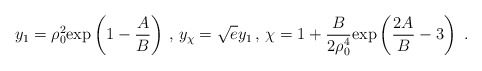
\begin{align*}y_1 = \rho_0^2 \mathrm{exp}\left( 1-{A\over B}\right) \, ,\, y_{\chi}=\sqrt{e}y_1 \, , \,\chi=1 +{B\over 2 \rho_0^4}\mathrm{exp}\left( {2A\over B}-3\right)~.\end{align*}